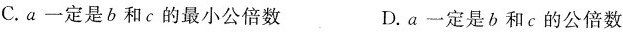
C.a一定是b和c的最小公倍数D.a一定是b和c的公倍数